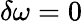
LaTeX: \delta\omega=0